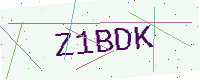
Text: Z1BDK